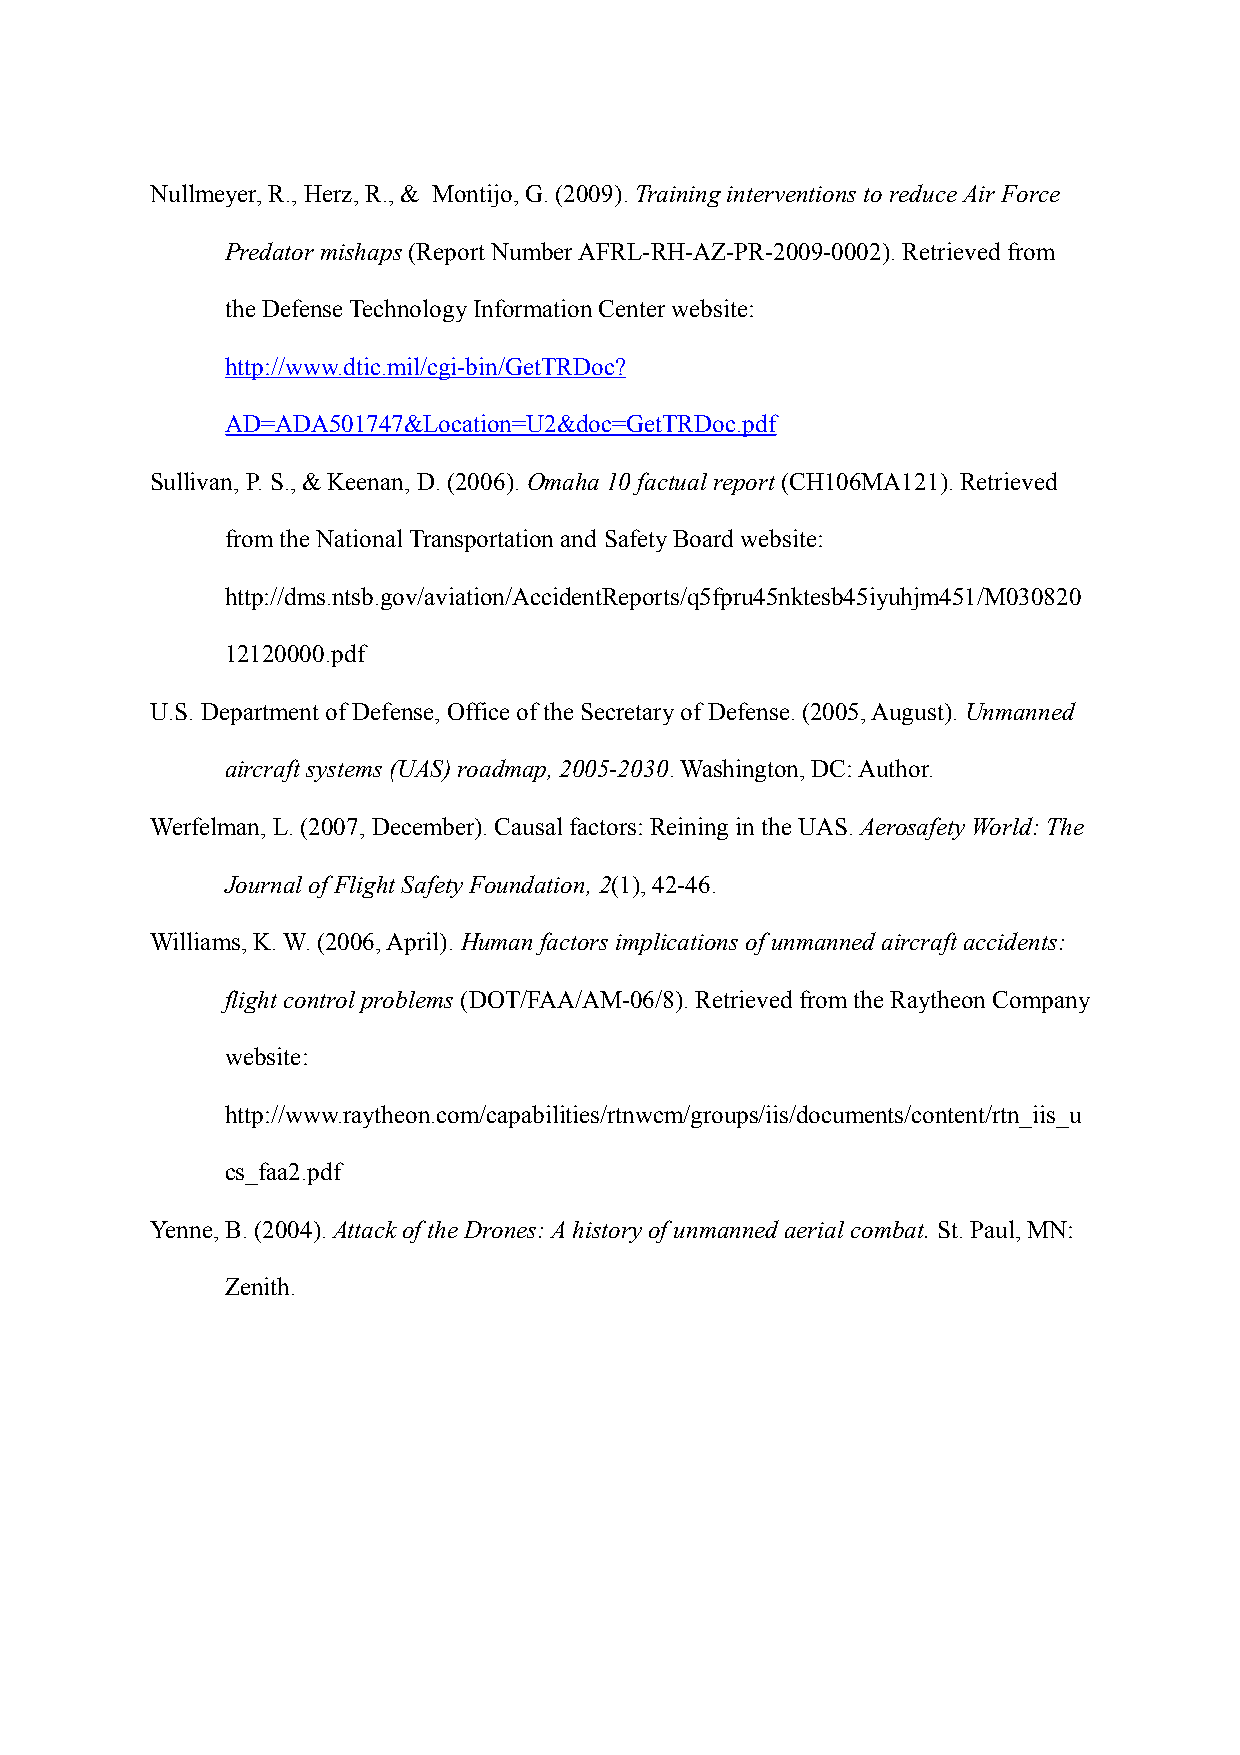
Nullmeyer, R., Herz, R., & Montijo, G. (2009). Training interventions to reduce Air Force
 Predator mishaps (Report Number AFRL-RH-AZ-PR-2009-0002). Retrieved from
 the Defense Technology Information Center website:
 http://www.dtic.mil/cgi-bin/GetTRDoc?
 AD=ADA501747&Location=U2&doc=GetTRDoc.pdf
 Sullivan, P. S., & Keenan, D. (2006). Omaha 10 factual report (CH106MA121). Retrieved
 from the National Transportation and Safety Board website:
 http://dms.ntsb.gov/aviation/AccidentReports/q5fpru45nktesb45iyuhjm451/M030820
 12120000.pdf
 U.S. Department of Defense, Office of the Secretary of Defense. (2005, August). Unmanned
 aircraft systems (UAS) roadmap, 2005-2030. Washington, DC: Author.
 Werfelman, L. (2007, December). Causal factors: Reining in the UAS. Aerosafety World: The
 Journal of Flight Safety Foundation, 2(1), 42-46.
 Williams, K. W. (2006, April). Human factors implications of unmanned aircraft accidents:
 flight control problems (DOT/FAA/AM-06/8). Retrieved from the Raytheon Company
 website:
 http://www.raytheon.com/capabilities/rtnwcm/groups/iis/documents/content/rtn_iis_u
 cs_faa2.pdf
 Yenne, B. (2004). Attack of the Drones: A history of unmanned aerial combat. St. Paul, MN:
 Zenith.